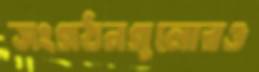
সংগঠনগুলোরও